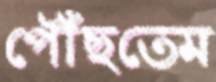
পৌঁছতেম